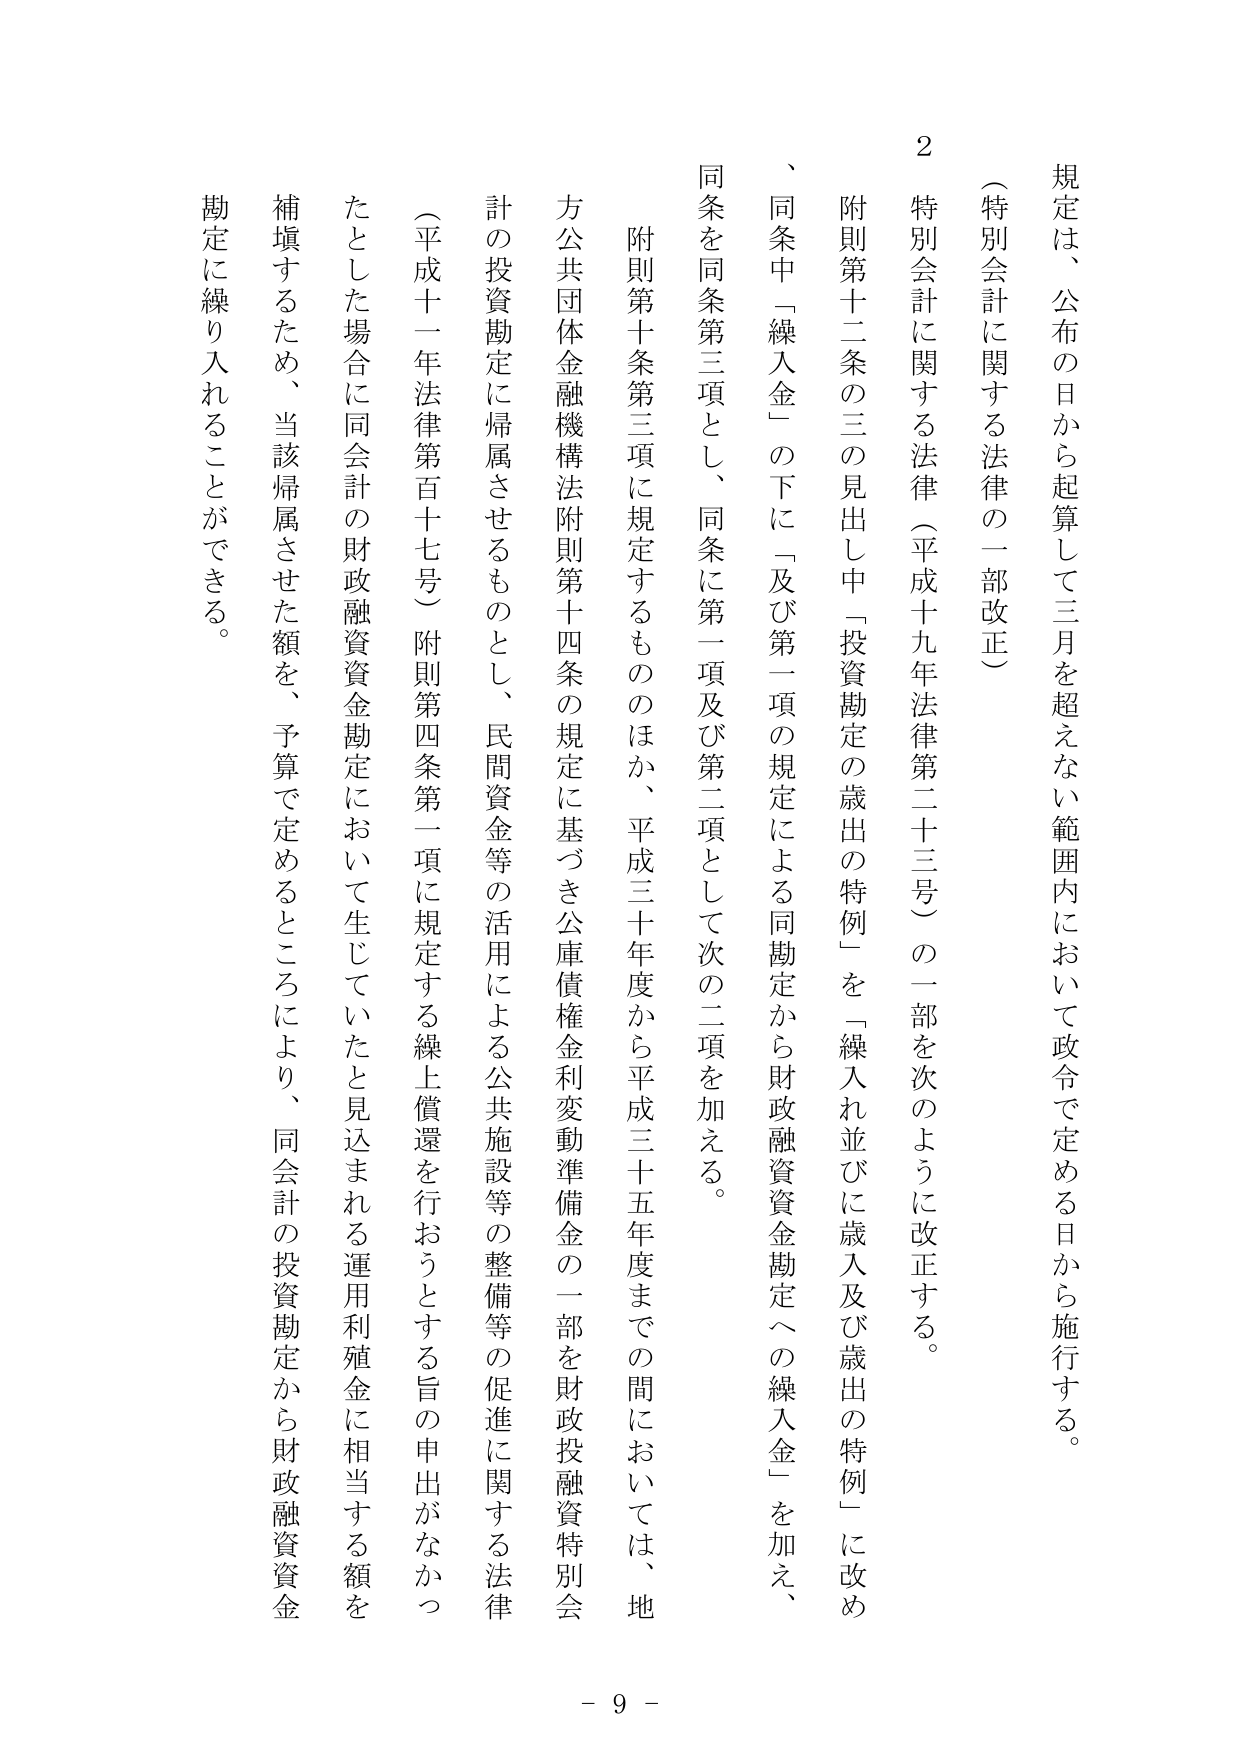
規定は、公布の日から起算して三月を超えない範囲内において政令で定める日から施行する。

（特別会計に関する法律の一部改正）

２ 特別会計に関する法律（平成十九年法律第二十三号）の一部を次のように改正する。

附則第十二条の三の見出し中「投資勘定の歳出の特例」を「繰入れ並びに歳入及び歳出の特例」に改め、同条中「繰入金」の下に「及び第一項の規定による同勘定から財政融資資金勘定への繰入金」を加え、同条を同条第三項とし、同条に第一項及び第二項として次の二項を加える。

附則第十条第三項に規定するもののはか、平成三十年度から平成三十五年度までの間においては、地方公共団体金融機構法附則第十四条の規定に基づき公庫債権金利変動準備金の一部を財政投融資特別会計の投資勘定に帰属させるものとし、民間資金等の活用による公共施設等の整備等の促進に関する法律（平成十一年法律第百十七号）附則第四条第一項に規定する繰上償還を行おうとする旨の申出がなかったとした場合に同会計の財政融資資金勘定において生じていたと見込まれる運用利殖金に相当する額を補填するため、当該帰属させた額を、予算で定めるところにより、同会計の投資勘定から財政融資資金勘定に繰り入れることができる。

- 9 -